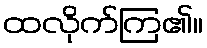
ထလိုက်ကြ၏။